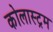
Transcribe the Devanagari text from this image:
कोलास्ट्रम